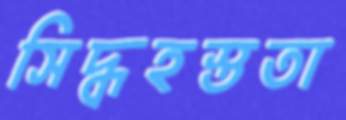
সিদ্ধহস্ততা